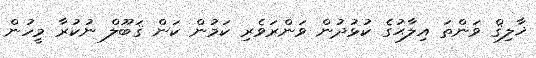
ޚާލިޤް ވަންތަ އިލާޙުގެ ކުޅުދުން ވަންރަވެރި ކަމުން ކަން ޤަބޫލް ނުކުރާ މީހުން